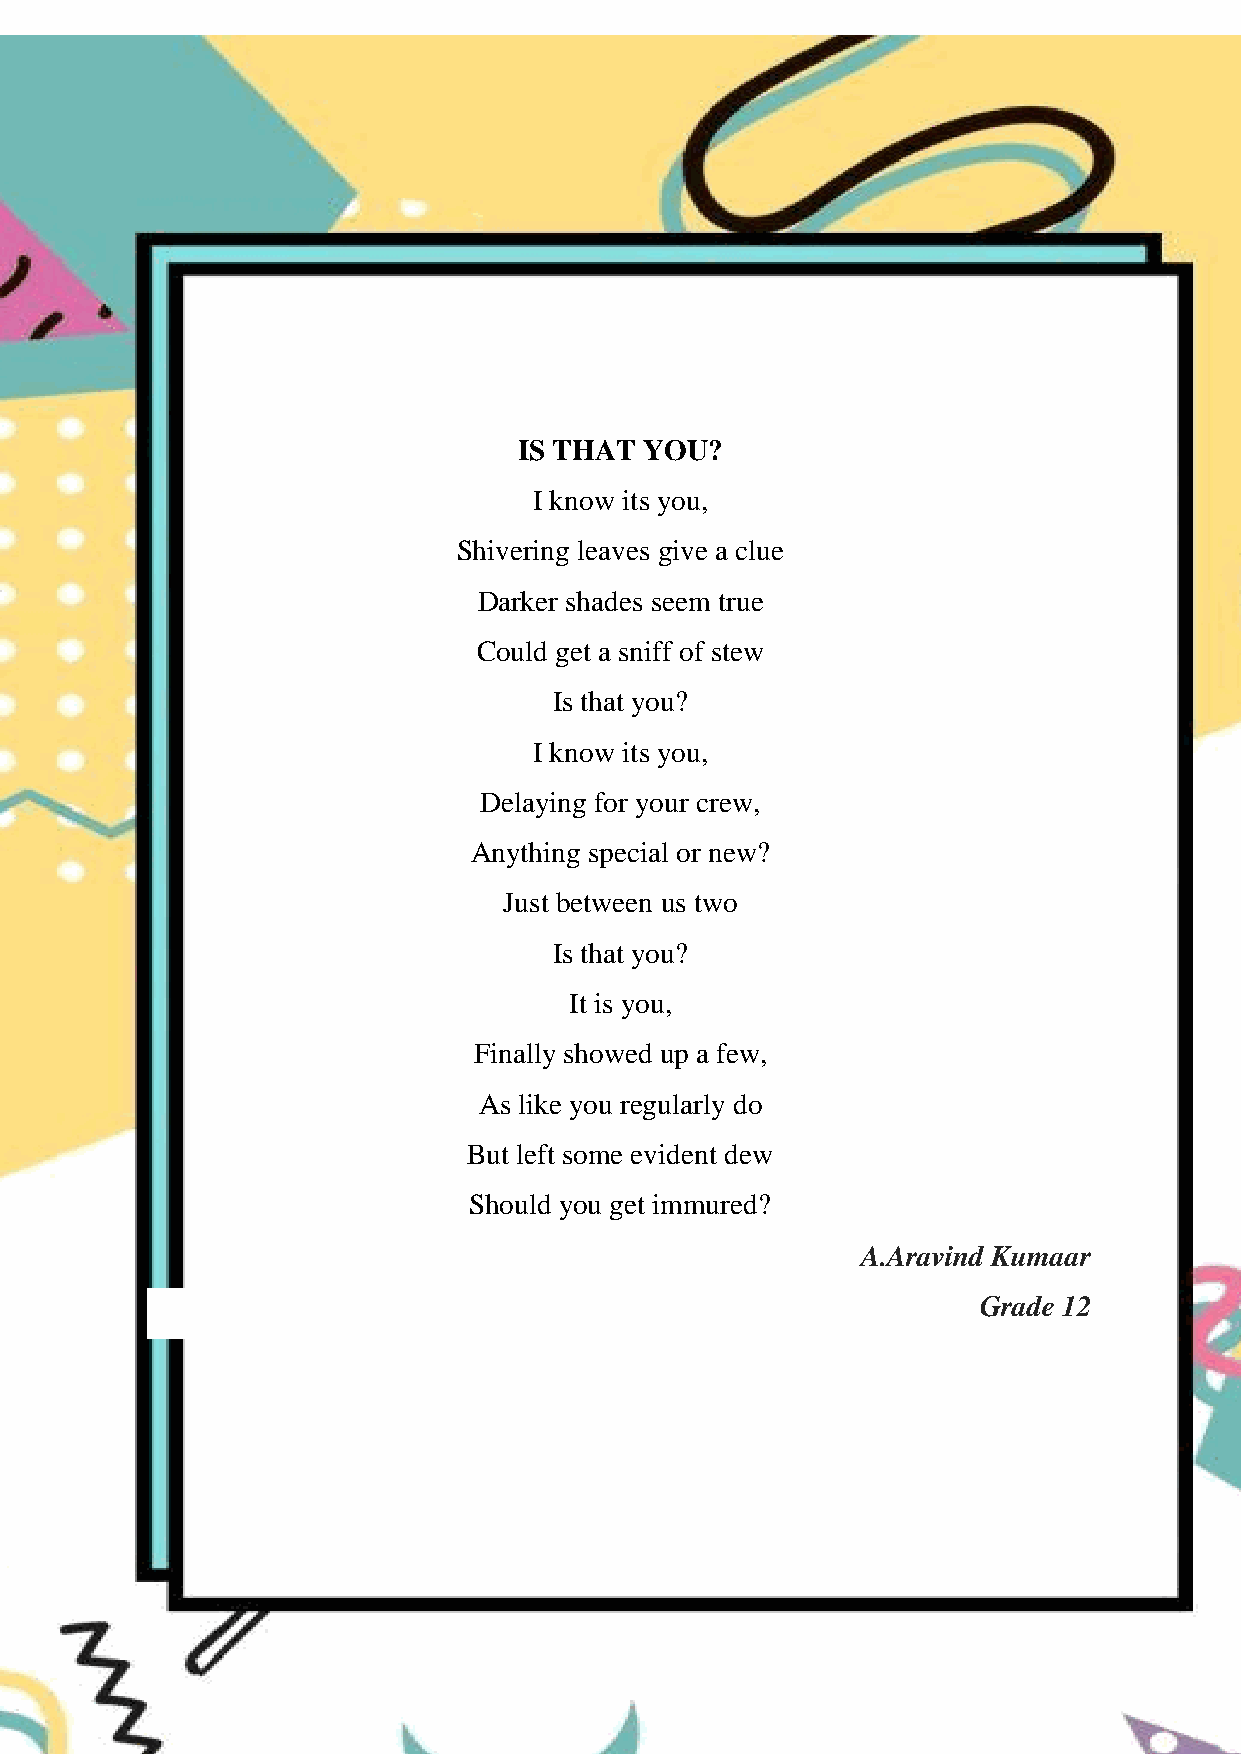
HONEY VIBES
 IS THAT  YOU?
 I know its you,
 Shivering leaves give a clue
 Darker shades seem true
 Could get a sniff of stew
 Is that you?
 I know its you,
 Delaying for your crew,
 Anything special or new?
 Just between us two
 Is that you?
 It is you,
 Finally showed up a few,
 As like you regularly do
 But left some evident dew
 Should you get immured?
 A.Aravind Kumaar
 Grade 12
 65